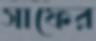
সাফের